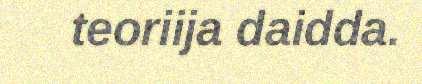
teoriija daidda.